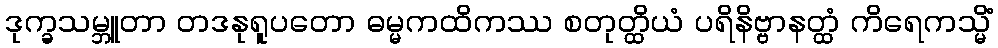
ဒုက္ခသမ္ဘူတာ တဒနုရူပတော ဓမ္မကထိကဿ စတုတ္ထိယံ ပရိနိဗ္ဗာနတ္ထံ ကိရေကသ္မိံ